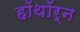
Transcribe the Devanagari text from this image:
हॉथॉर्न